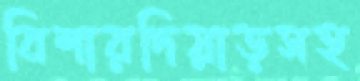
বিশারদিয়াড়সহ